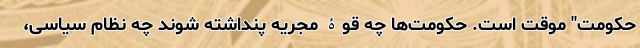
حکومت" موقت است. حکومت‌‌ها چه قوۀ مجریه پنداشته شوند چه نظام سیاسی،